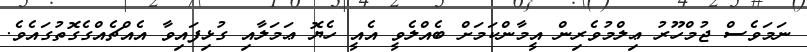
ނަމަވެސް ޖުމްހޫރު ޢިލްމުވެރިން އީމާންކަމަށް ބެއްލެވީ އެއީ ހެޔޮ ޢަމަލާއި ގުޅިފައިވާ އެއްޗެއްގެގޮތުގައެވެ.